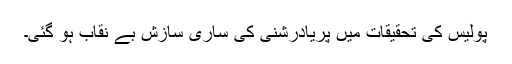
پولیس کی تحقیقات میں پریادرشنی کی ساری سازش بے نقاب ہو گئی۔